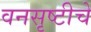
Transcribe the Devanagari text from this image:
वनसृष्टीचे